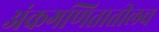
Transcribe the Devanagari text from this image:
अंकगणितातीलच